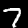
Label: 7